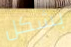
بشكل